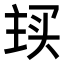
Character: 𬻽